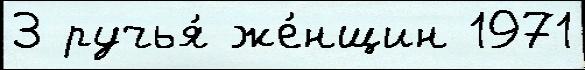
3 ручья́ же́нщин 1971